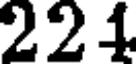
221